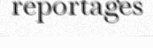
reportages